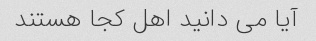
آیا می دانید اهل کجا هستند